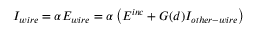
I _ { w i r e } = \alpha E _ { w i r e } = \alpha \left( E ^ { i n c } + G ( d ) I _ { o t h e r - w i r e } \right)